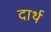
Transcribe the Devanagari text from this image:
दार्थ